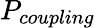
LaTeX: P_{coupling}